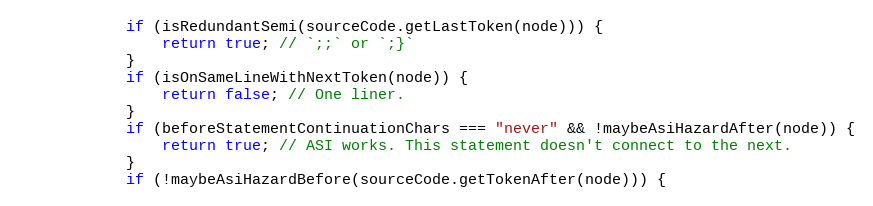
Language: JavaScript
            if (isRedundantSemi(sourceCode.getLastToken(node))) {
                return true; // `;;` or `;}`
            }
            if (isOnSameLineWithNextToken(node)) {
                return false; // One liner.
            }
            if (beforeStatementContinuationChars === "never" && !maybeAsiHazardAfter(node)) {
                return true; // ASI works. This statement doesn't connect to the next.
            }
            if (!maybeAsiHazardBefore(sourceCode.getTokenAfter(node))) {